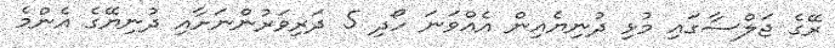
ރޭގެ ޖަލްސާގައި މުޅި ދުނިޔެއިން އެއްވަނަ ހޯދި 5 ދަރިވަރުންނަށާއި ދުނިޔޭގެ އެންމެ